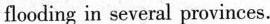
flooding in several provinces.